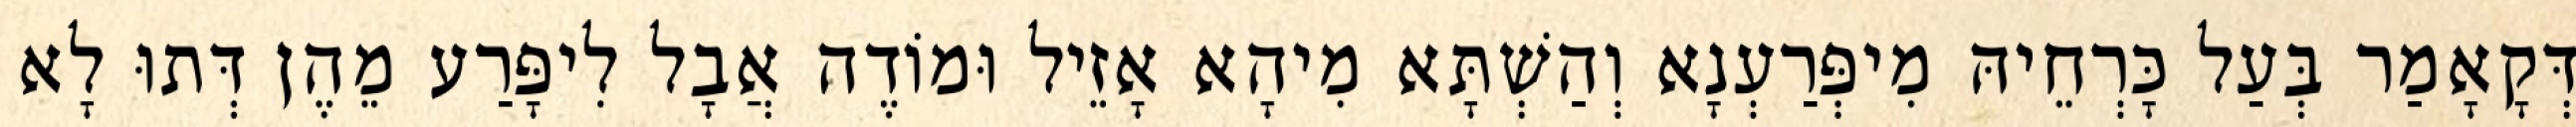
דְּקָאָמַר בְּעַל כָּרְחֵיהּ מִיפְּרַעְנָא וְהַשְׁתָּא מִיהָא אָזֵיל וּמוֹדֶה אֲבָל לִיפָּרַע מֵהֶן דְּתוּ לָא